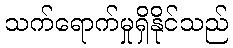
သက်ရောက်မှုရှိနိုင်သည်